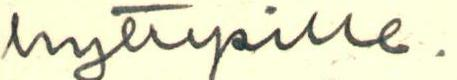
hyttysille.